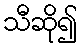
သီဆို၍